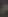
م